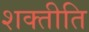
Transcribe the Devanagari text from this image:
शक्तीति